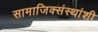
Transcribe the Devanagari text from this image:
सामाजिक्संस्थांशी